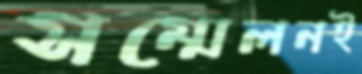
সম্মেলনই